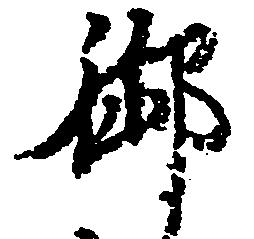
御